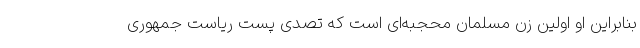
بنابراین او اولین زن مسلمان محجبه‌ای است که تصدی پست ریاست جمهوری